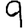
Digit: 9